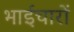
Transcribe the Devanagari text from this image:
भाईचारों